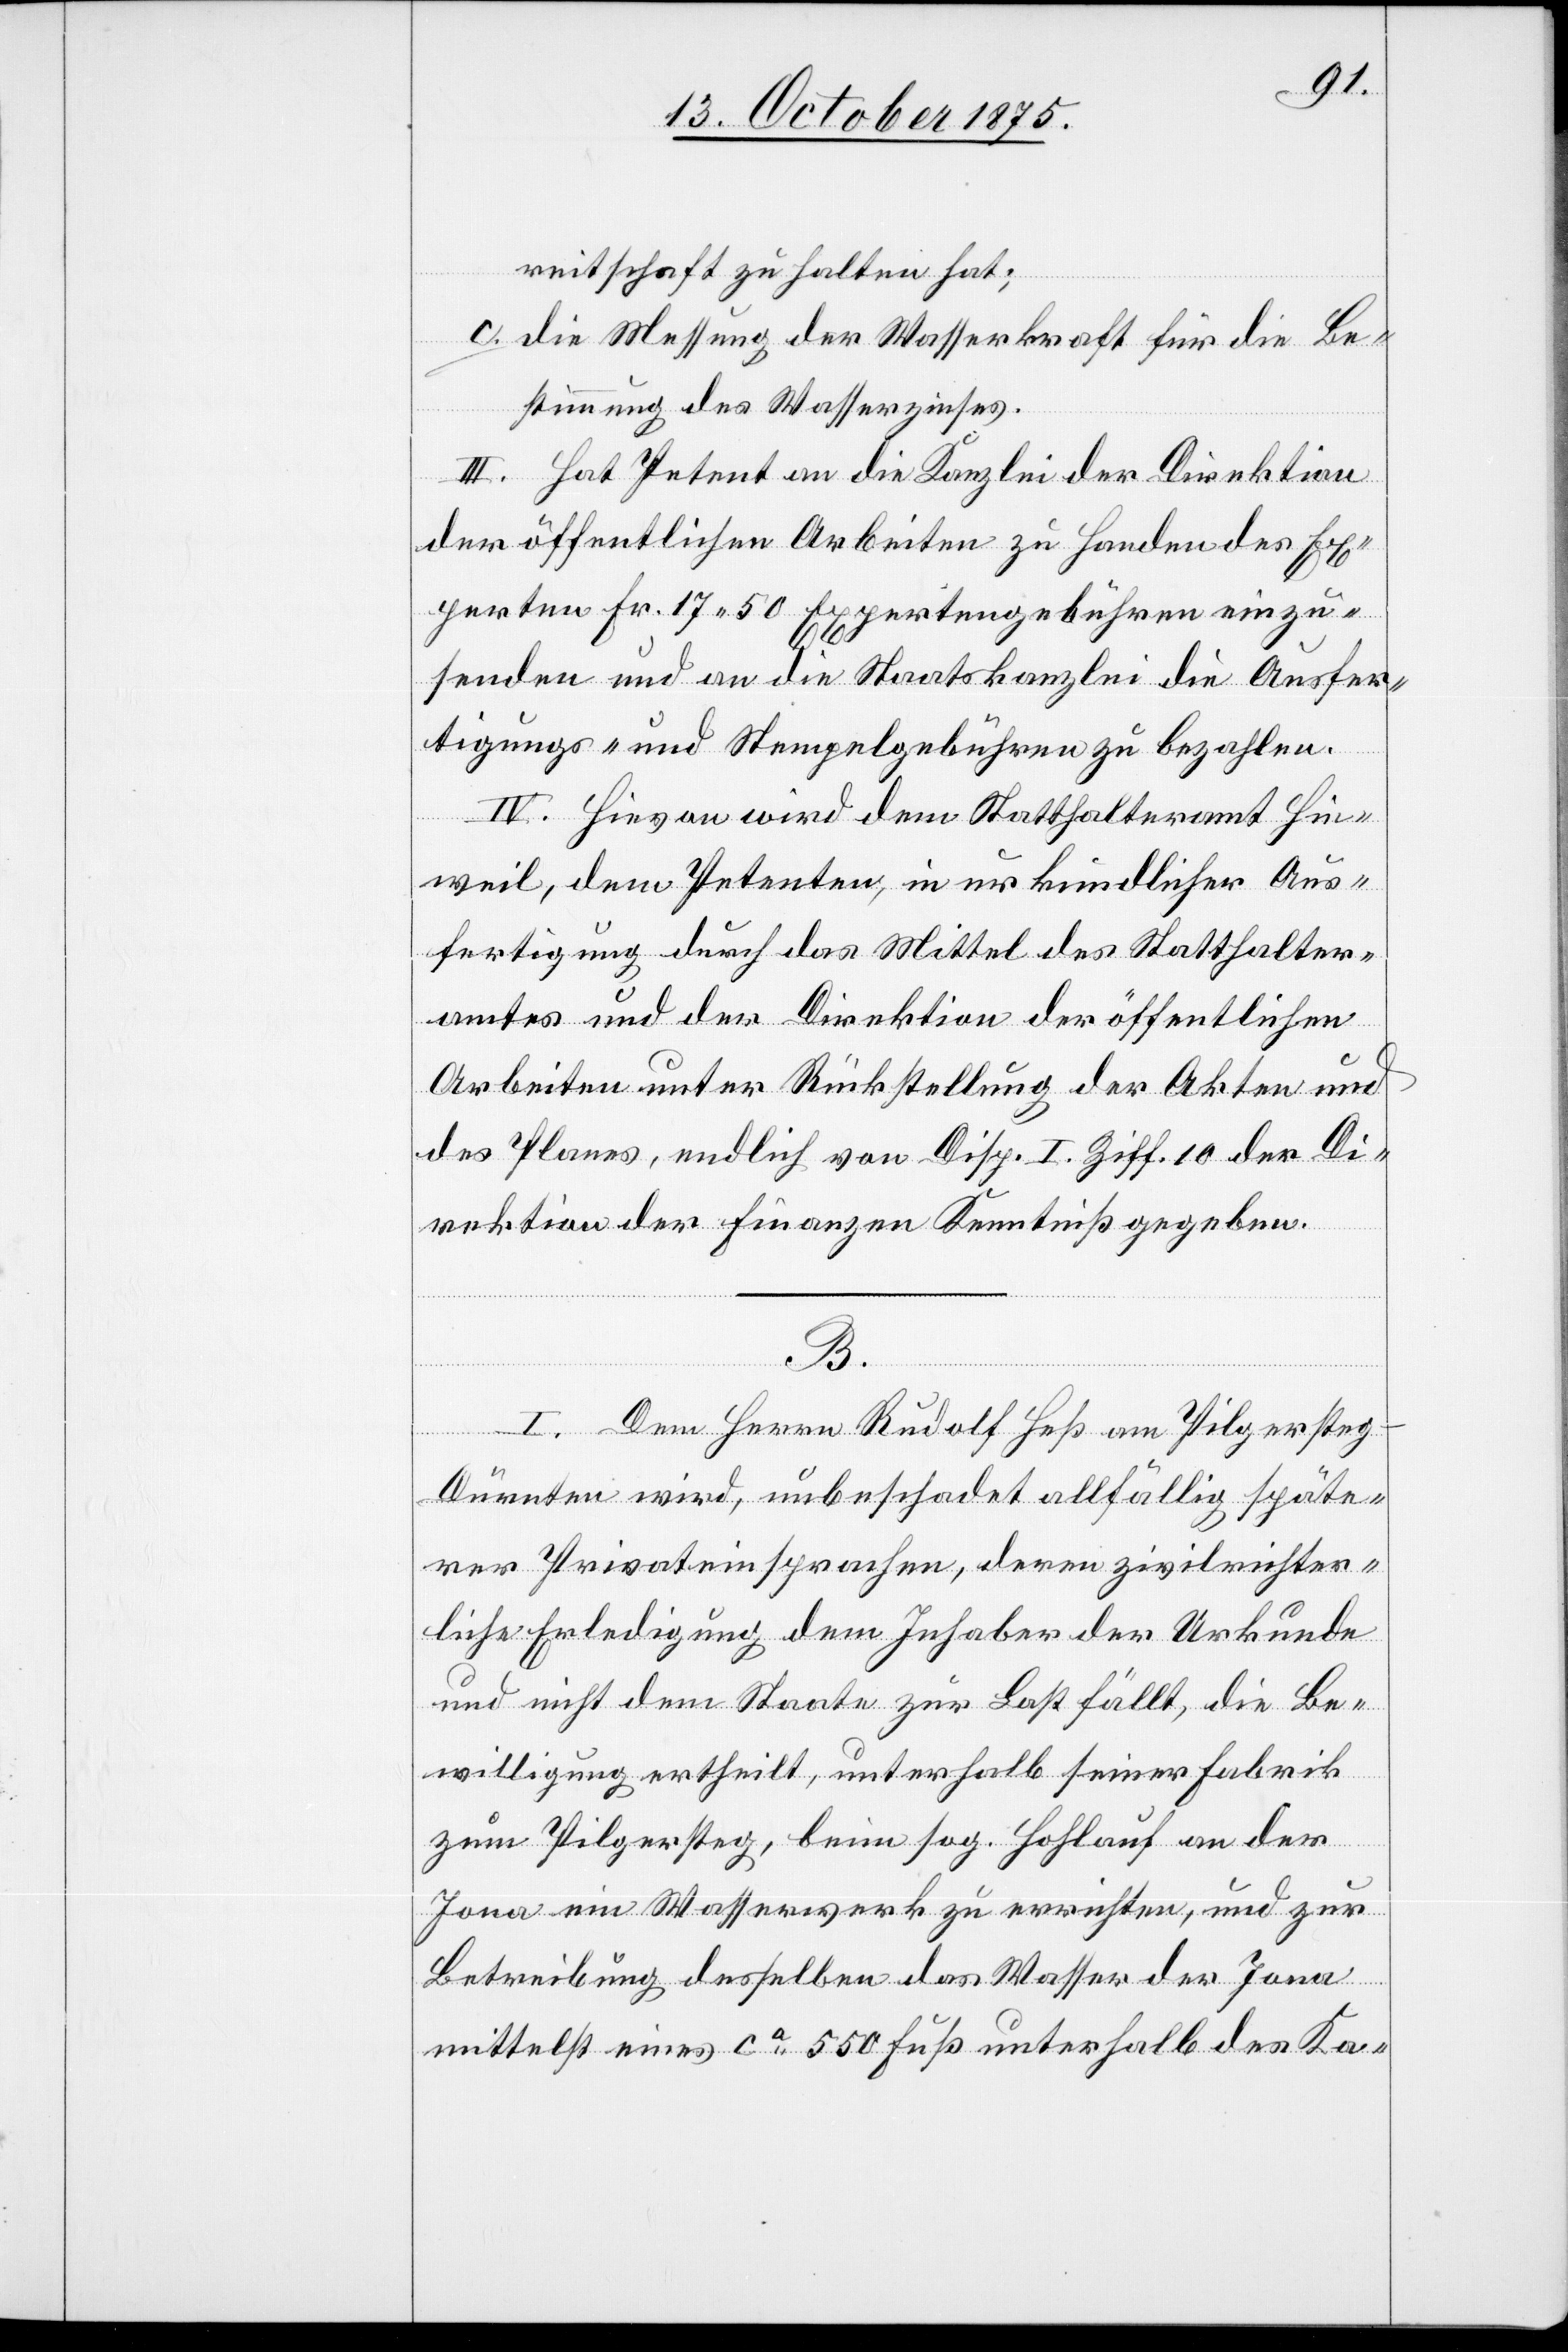
reitschaft zu halten hat;
c. die Messung der Wasserkraft für die Be¬
stimmung des Wasserzinses.
III. Hat Petent an die Kanzlei der Direktion
der öffentlichen Arbeiten zu Handen des Ex¬
perten Fr. 17 50 Expertengebühren einzu¬
senden und an die Staatskanzlei die Ausfer¬
tigungs- und Stempelgebühren zu bezahlen.
IV. Hievon wird dem Statthalteramt Hin¬
weil, dem Petenten in urkundlicher Aus¬
fertigung durch das Mittel des Statthalter¬
amtes und der Direktion der öffentlichen
Arbeiten unter Rückstellung der Akten und
des Planes, endlich von Disp. I Ziff. 10 der Di¬
rektion der Finanzen Kenntniß gegeben.
B.
I. Dem Herrn Rudolf Heß am Pilgersteg
Dürnten wird, unbeschadet allfällig späte¬
rer Privateinsprachen, deren zivilrichter¬
liche Erledigung dem Inhaber der Urkunde
und nicht dem Staate zur Last fällt, die Be¬
willigung ertheilt, unterhalb seiner Fabrik
am Pilgersteg, beim sog. Hohlauf an der
Jona ein Wasserwerk zu errichten, und zur
Betreibung desselben das Wasser der Jona
mittelst eines ca 550 Fuß unterhalb des Ka-